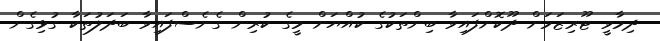
ދިމާވީ ޓޫރިޒަމަށް ދޫކޮށްފައިވާ ބިންތަކުގެ ކުއްޔަށް މީގެ ކުރިން ގެނެސްފައިވާ ބަދަލުތަކާ ގުޅިގެން